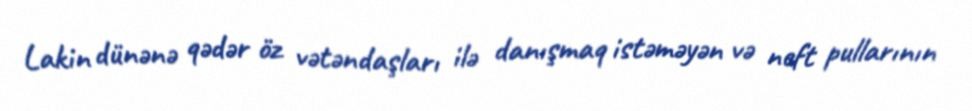
Lakin dünənə qədər öz vətəndaşları ilə danışmaq istəməyən və neft pullarının